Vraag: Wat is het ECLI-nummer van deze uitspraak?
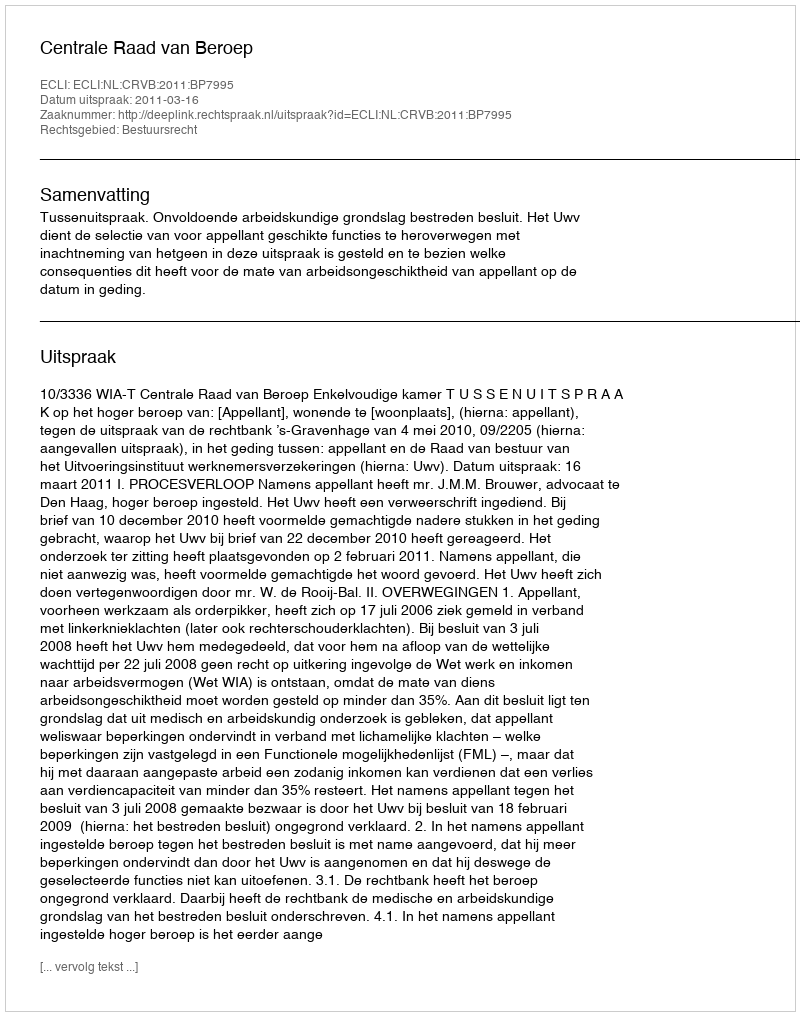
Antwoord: ECLI:NL:CRVB:2011:BP7995